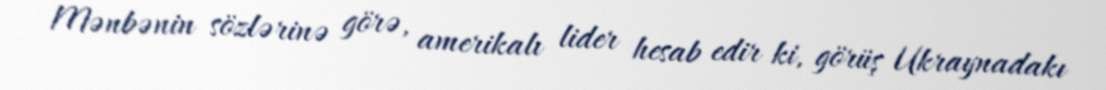
Mənbənin sözlərinə görə, amerikalı lider hesab edir ki, görüş Ukraynadakı